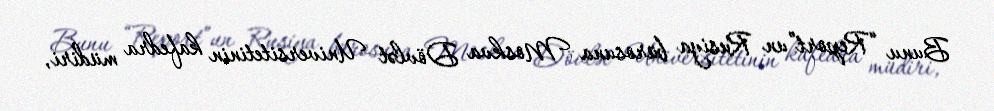
Bunu “Report”un Rusiya bürosuna Moskva Dövlət Universitetinin kafedra müdiri,